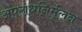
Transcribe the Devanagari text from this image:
अपराधनिर्मूलन